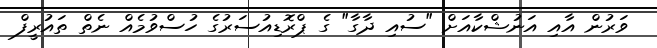
ވަރުން އާއި އަނުޝްކާއަށް "ސުއި ދާގާ" ގެ ޕްރޮޑިއުސަރުގެ ހުސްވުމެއް ނެތް ތައުރީފް